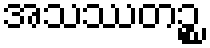
အသဿတဉ္စ